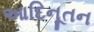
આદિનૂતન